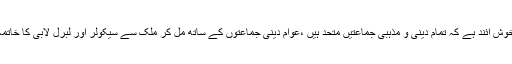
یہ بات خوش آئند ہے کہ تمام دینی و مذہبی جماعتیں متحد ہیں ،عوام دینی جماعتوں کے ساتھ مل کر ملک سے سیکولر اور لبرل لابی کا خاتمہ کریں ۔